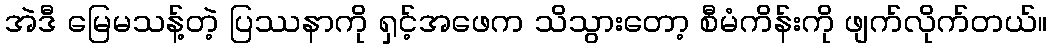
အဲဒီ မြေမသန့်တဲ့ ပြဿနာကို ရှင့်အဖေက သိသွားတော့ စီမံကိန်းကို ဖျက်လိုက်တယ်။